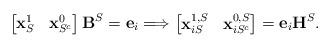
LaTeX: \begin{align*}\begin{bmatrix} \mathbf{x}_{S}^{1} & \mathbf{x}_{S^c}^{0}\end{bmatrix} \mathbf{B}^S = \mathbf{e}_i \Longrightarrow \begin{bmatrix} \mathbf{x}_{i S}^{1, S} & \mathbf{x}_{i S^c}^{0, S}\end{bmatrix} = \mathbf{e}_i \mathbf{H}^S.\end{align*}